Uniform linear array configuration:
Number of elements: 16
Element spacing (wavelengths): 0.5
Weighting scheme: binomial
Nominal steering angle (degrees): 15
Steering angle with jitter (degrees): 16.156
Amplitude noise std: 0.05
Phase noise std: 0.05

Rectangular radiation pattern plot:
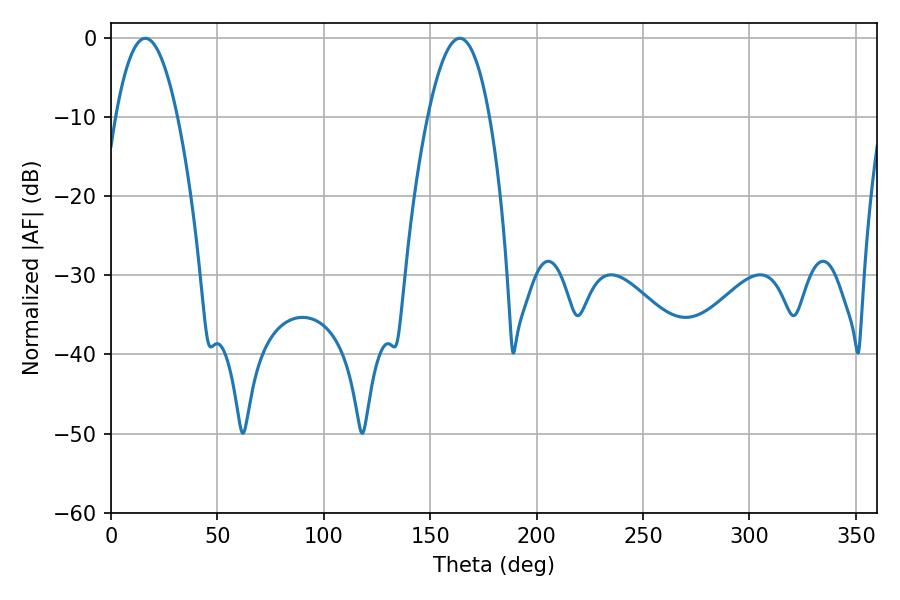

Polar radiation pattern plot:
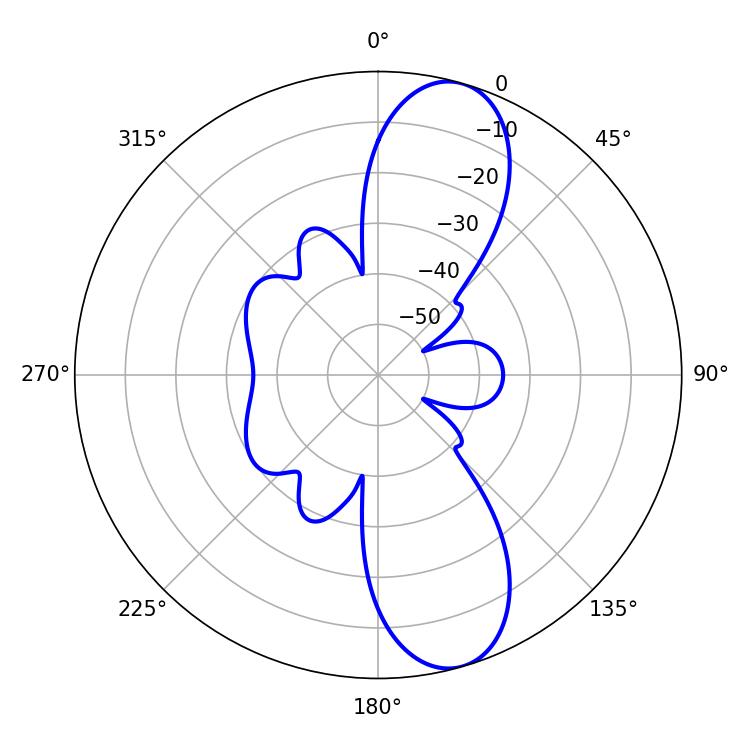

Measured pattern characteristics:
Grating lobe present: FALSE
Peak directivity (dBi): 10.78
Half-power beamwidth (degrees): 16.02
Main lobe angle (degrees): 16.2